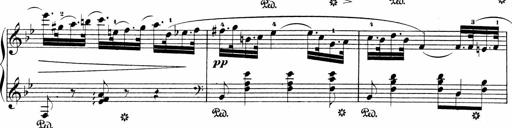
Title: Sonatinen Op.47, 98 und 136, nebst 6 Liedersonatinen
Composer: Carl Reinecke